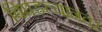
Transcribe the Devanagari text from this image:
बिघडल्यानंतर